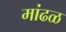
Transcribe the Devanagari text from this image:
मांढळ